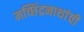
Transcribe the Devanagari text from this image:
मच्छिंद्रनाथांची